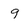
Character: 9